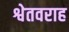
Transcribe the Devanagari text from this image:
श्वेतवराह